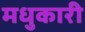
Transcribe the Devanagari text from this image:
मधुकारी